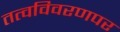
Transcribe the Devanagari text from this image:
तत्वविवरणपर